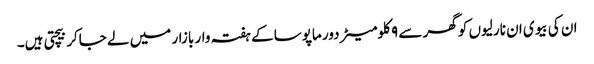
ان کی بیوی ان نارلیوں کو گھر سے ۹ کلومیٹر دور ماپوسا کے ہفتہ وار بازار میں لے جاکر بیچتی ہیں۔